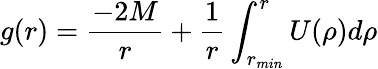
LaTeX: g(r)={\frac{-2M}{r}}+{\frac{1}{r}}\int_{r_{min}}^{r}U(\rho)d\rho